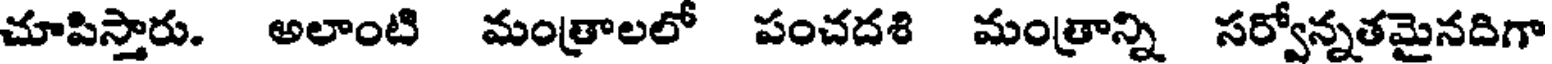
చూపిస్తారు. అలాంటి మంత్రాలలో పంచదశి మంత్రాన్ని సర్వోన్నతమైనదిగా